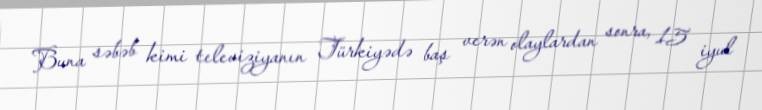
Buna səbəb kimi televiziyanın Türkiyədə baş verən olaylardan sonra, 15 iyul